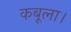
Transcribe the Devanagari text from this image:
कबूला।